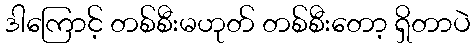
ဒါကြောင့် တစ်စီးမဟုတ် တစ်စီးတော့ ရှိတာပဲ